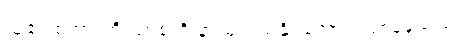
သူ၏ စကားကို ယာစုကို နားမလည်နိုင်အောင် ဖြစ်နေသည်။